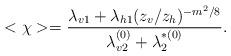
LaTeX: \begin{align*}~<\chi> = \frac{\lambda_{v1} + \lambda_{h1}(z_v/z_h)^{-m^2/8}}{\lambda_{v2}^{(0)} + \lambda_2^{*(0)}}.\end{align*}